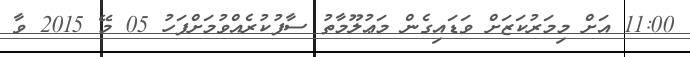
11:00 އަށް މިމަރުކަޒަށް ވަޑައިގެން މަޢުލޫމާތު ސާފުކުރެއްވުމަށްފަހު 05 މޭ 2015 ވާ